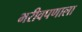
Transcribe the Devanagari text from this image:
भरीवपणाला